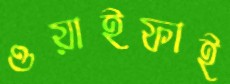
ওয়াইফাই